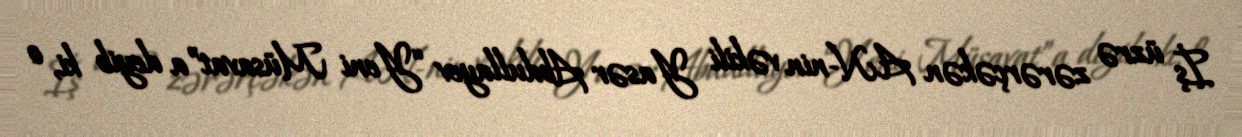
İş üzrə zərərçəkən A.N-nin vəkili Yasər Abdullayev “Yeni Müsavat”a deyib ki, o